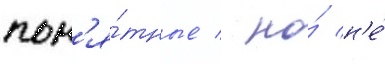
пон'я́тные / но́ н'е́